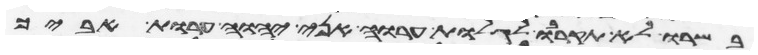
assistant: בשרו לא תקרבו לגלות ערוה אני יהוה ערות אביך